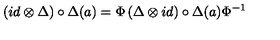
\left( i d \otimes \Delta \right) \circ \Delta ( a ) = \Phi \left( \Delta \otimes i d \right) \circ \Delta ( a ) \Phi ^ { - 1 }